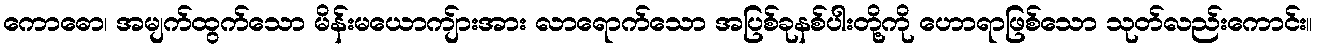
ကောဓော၊ အမျက်ထွက်သော မိန်းမယောကျ်ားအား လာရောက်သော အပြစ်ခုနစ်ပါးတို့ကို ဟောရာဖြစ်သော သုတ်လည်းကောင်း။